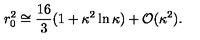
r _ { 0 } ^ { 2 } \cong \frac { 1 6 } { 3 } ( 1 + \kappa ^ { 2 } \ln \kappa ) + { \cal O } ( \kappa ^ { 2 } ) .